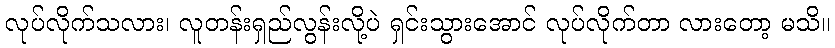
လုပ်လိုက်သလား၊ လူတန်းရှည်လွန်းလို့ပဲ ရှင်းသွားအောင် လုပ်လိုက်တာ လားတော့ မသိ။